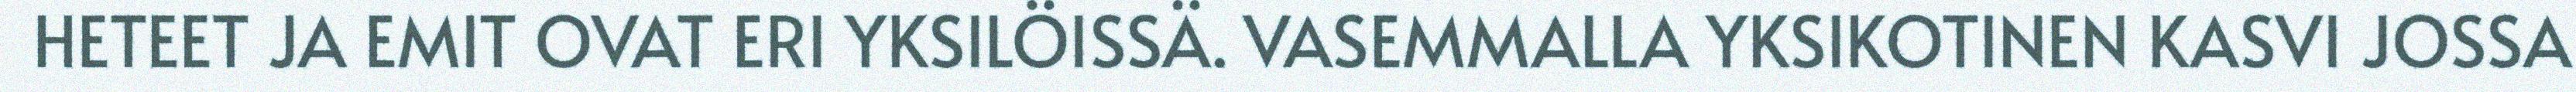
HETEET JA EMIT OVAT ERI YKSILÖISSÄ. VASEMMALLA YKSIKOTINEN KASVI JOSSA